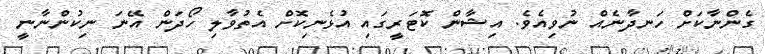
ގެންނާކަށް ހަނދާނެއް ނުވިއެވެ. އިޝާން ކޮޓަރީގައި އުޅެނިކޮށް އެތުވާލި ހޯދަން އޭނަ ނިކުންނާނީ